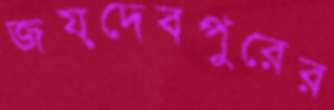
জয়দেবপুরের